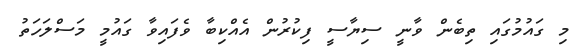
މި ގައުމުގައި ތިބެން ވާނީ ސިޔާސީ ފިކުރުން އެއްކިބާ ވެފައިވާ ގައުމީ މަސްލަހަތު